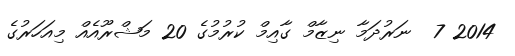
2014 7  ނަރުދަމާ ނިޒާމް ގާއިމް ކުރުމުގެ 20 މަޝްރޫއެއް މިއަހަރުގެ